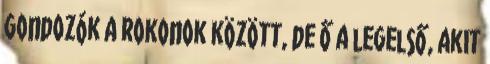
Gondozók a rokonok között, de ő a legelső, akit